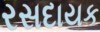
રસદાયક